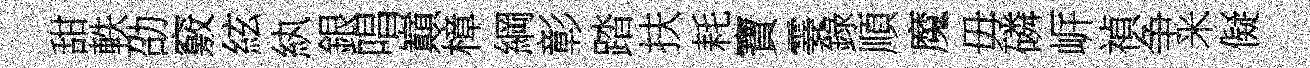
甜軼劭竅絃紈銀唱巔樟綱彰踏扶耗寶霎錄順魔毋磷㟁禎争米儗